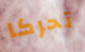
تحركا